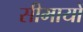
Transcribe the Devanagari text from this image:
सीमायों